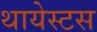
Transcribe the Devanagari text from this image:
थायेस्टस